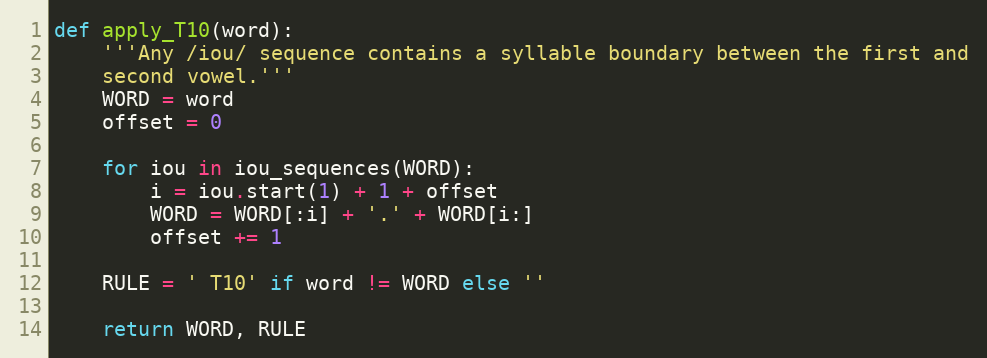
Language: Python
def apply_T10(word):
    '''Any /iou/ sequence contains a syllable boundary between the first and
    second vowel.'''
    WORD = word
    offset = 0

    for iou in iou_sequences(WORD):
        i = iou.start(1) + 1 + offset
        WORD = WORD[:i] + '.' + WORD[i:]
        offset += 1

    RULE = ' T10' if word != WORD else ''

    return WORD, RULE